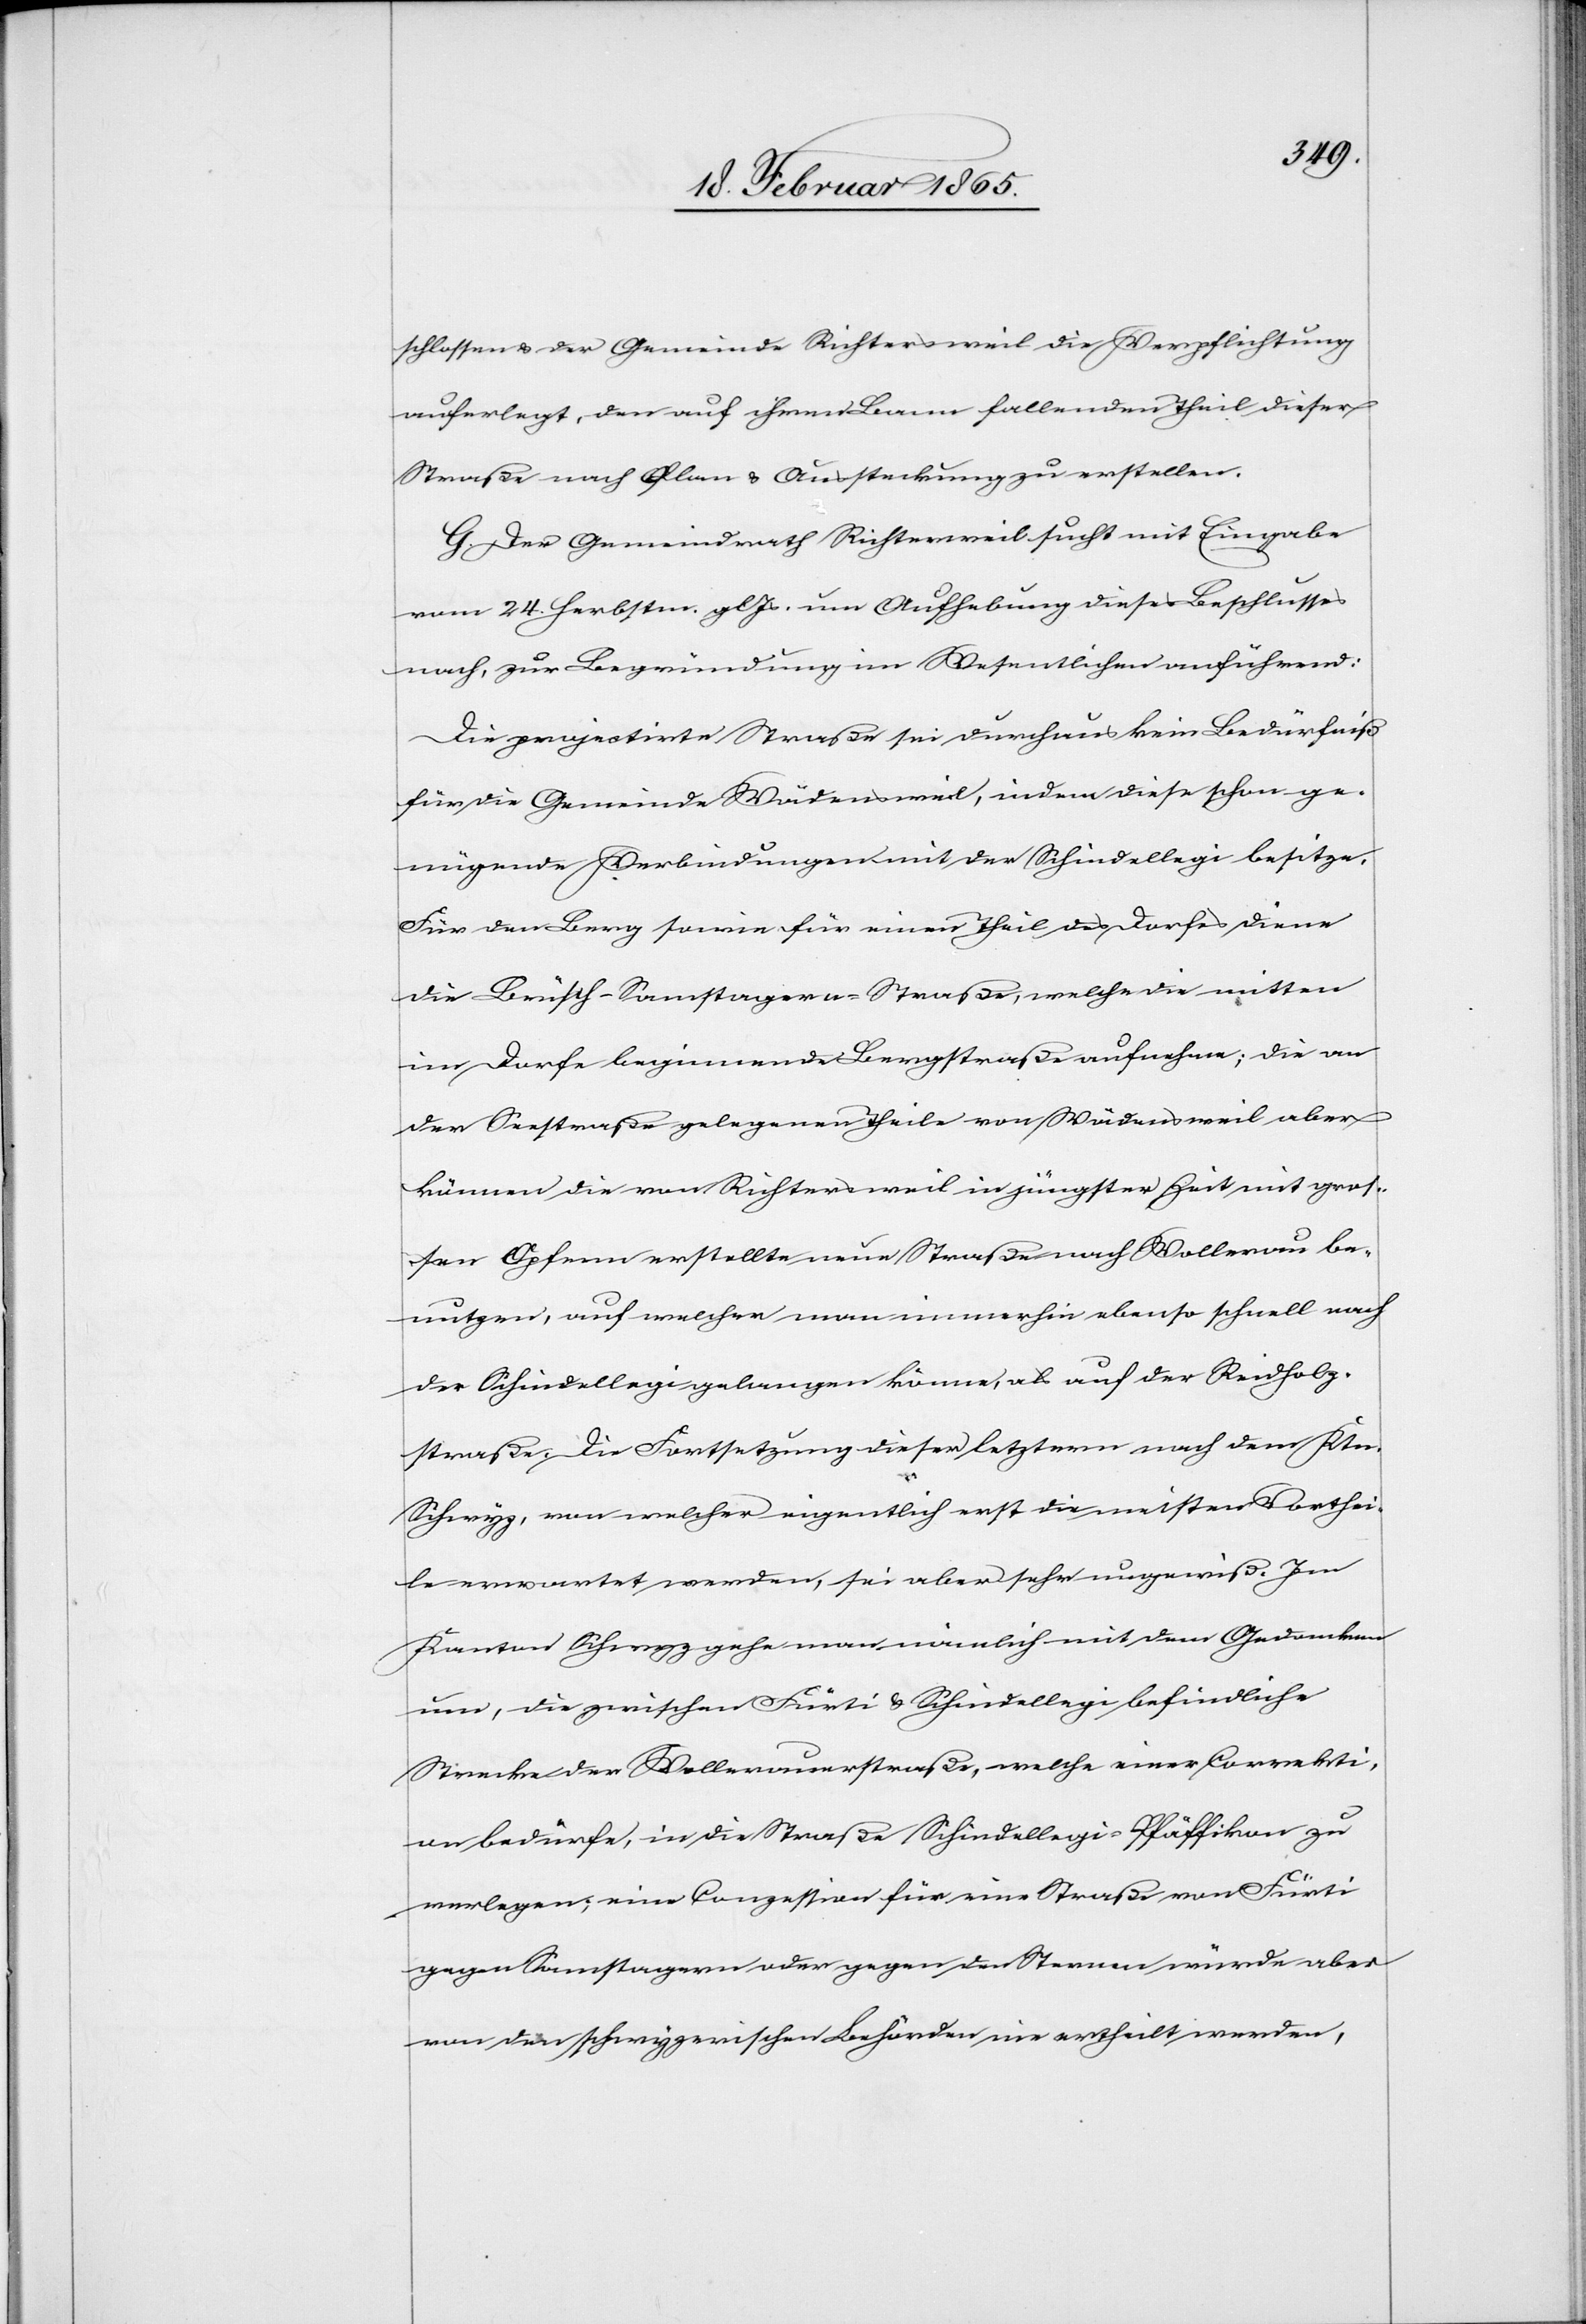
schlossen u. der Gemeinde Richtersweil die Verpflichtung
auferlegt, den auf ihren Bann fallenden Theil dieser
Straße nach Plan u. Aussteckung zu erstellen.
G. Der Gemeindrath Richtersweil sucht mit Eingabe
vom 24. Herbstm. gl. Js. um Aufhebung dieses Beschlusses
nach, zur Begründung im Wesentlichen anführend:
Die projectirte Straße sei durchaus kein Bedürfniß
für die Gemeinde Wädensweil, indem diese schon ge¬
nügende Verbindungen mit der Schindellegi besitze.
Für den Berg sowie für einen Theil des Dorfes diene
die Brüsch-Samstagern-Straße, welche die mitten
im Dorfe beginnende Bergstraße aufnehme; die an
der Seestraße gelegenen Theile von Wädensweil aber
können die von Richtersweil in jüngster Zeit mit groß¬
en Opfern erstellte neue Straße nach Wollerau be¬
nutzen, auf welcher man immerhin ebenso schnell nach
der Schindellegi gelangen könne, als auf der Reidholz¬
straße. Die Fortsetzung dieser letztern nach dem Ktn.
Schwyz, von welcher eigentlich erst die meisten Vorthei¬
le erwartet werden, sei aber sehr ungewiß. Im
Kanton Schwyz gehe man nämlich mit dem Gedanken
um, die zwischen Fürti u. Schindellegi befindliche
Strecke der Wollerauerstraße, welche einer Correkti¬
on bedürfe, in die Straße Schindellegi-Pfäffikon zu
verlegen; eine Conzession für eine Straße von Fürti
gegen Samstagern oder gegen den Sternen würde aber
von den schweizerischen Behörden nie ertheilt werden,